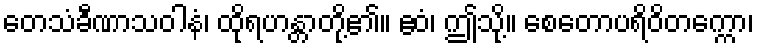
တေသံခီဏာသဝါနံ၊ ထိုရဟန္တာတို့၏။ ဧဝံ၊ ဤသို့။ စေတောပရိဝိတက္ကော၊